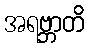
အရဗ္ဘာတိ